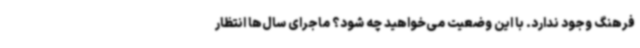
فرهنگ وجود ندارد. با این وضعیت می‌خواهید چه شود؟ ماجرای سال‌ها انتظار